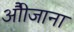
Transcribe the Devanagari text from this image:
औीजाना